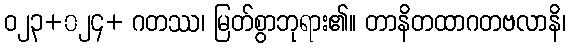
ဝ၂၃+၀၂၄+ ဂတဿ၊ မြတ်စွာဘုရား၏။ တာနိတထာဂတဗလာနိ၊